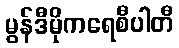
မွန်ဒီမိုကရေစီပါတီ